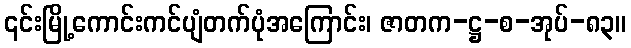
၎င်းမြို့ကောင်းကင်ပျံတက်ပုံအကြောင်း၊ ဇာတက-ဋ္ဌ-စ-အုပ်-၈၃။